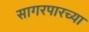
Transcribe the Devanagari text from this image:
सागरपारच्या